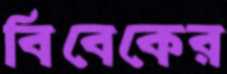
বিবেকের